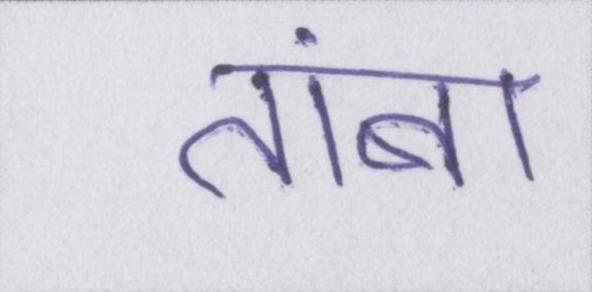
तांबा